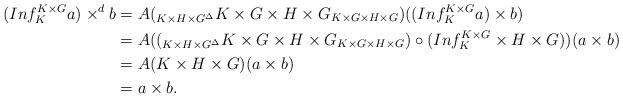
LaTeX: \begin{align*}(Inf^{K\times G}_Ka) \times^d b &=A(_{K\times H \times G^{\Delta}}K\times G\times H\times G_{K\times G\times H\times G})((Inf^{K\times G}_Ka) \times b)\\&=A((_{K\times H \times G^{\Delta}}K\times G\times H\times G_{K\times G\times H\times G})\circ (Inf^{K\times G}_K \times H\times G))(a\times b)\\& =A(K\times H\times G)(a\times b)\\& =a\times b.\end{align*}